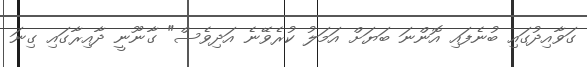
ގަވާއިދުގައި ބުނެފައި އޮންނަ ބަޔަށް އަމަލު ކުރެވޭނެ އަދިވެސް" ގާނޫނީ ދާއިރާގައި ގިނަ